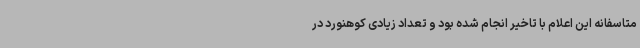
متاسفانه این اعلام با تاخیر انجام شده بود و تعداد زیادی کوهنورد در